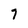
Character: 7